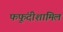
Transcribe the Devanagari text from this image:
फफूंदीशामिल